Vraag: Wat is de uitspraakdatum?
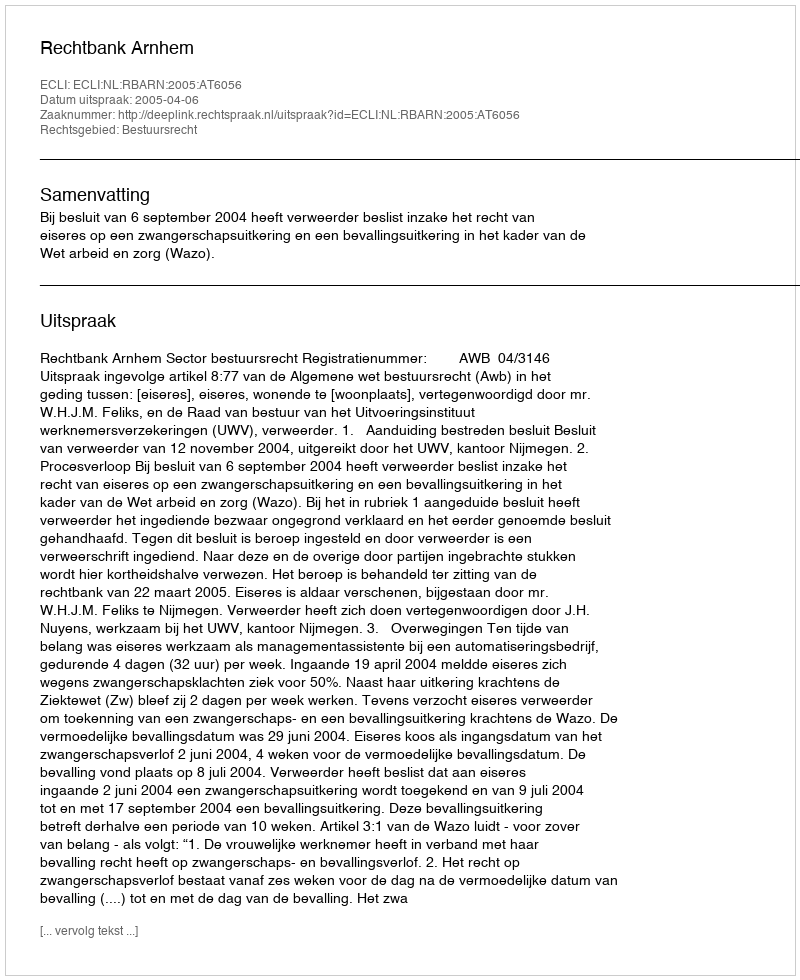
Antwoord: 2005-04-06